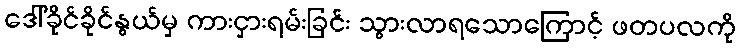
ဒေါ်ခိုင်ခိုင်နွယ်မှ ကားငှားရမ်းခြင်း သွားလာရသောကြောင့် ဖတပလကို